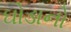
ઘોડાનો